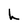
Character: h